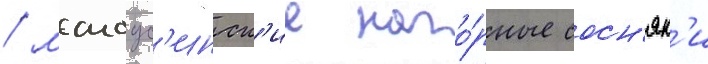
/ малоус'инск'ие наго́рные сосн'як'и